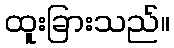
ထူးခြားသည်။